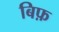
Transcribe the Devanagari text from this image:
बिफ़